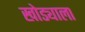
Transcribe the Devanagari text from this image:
खोड्याला